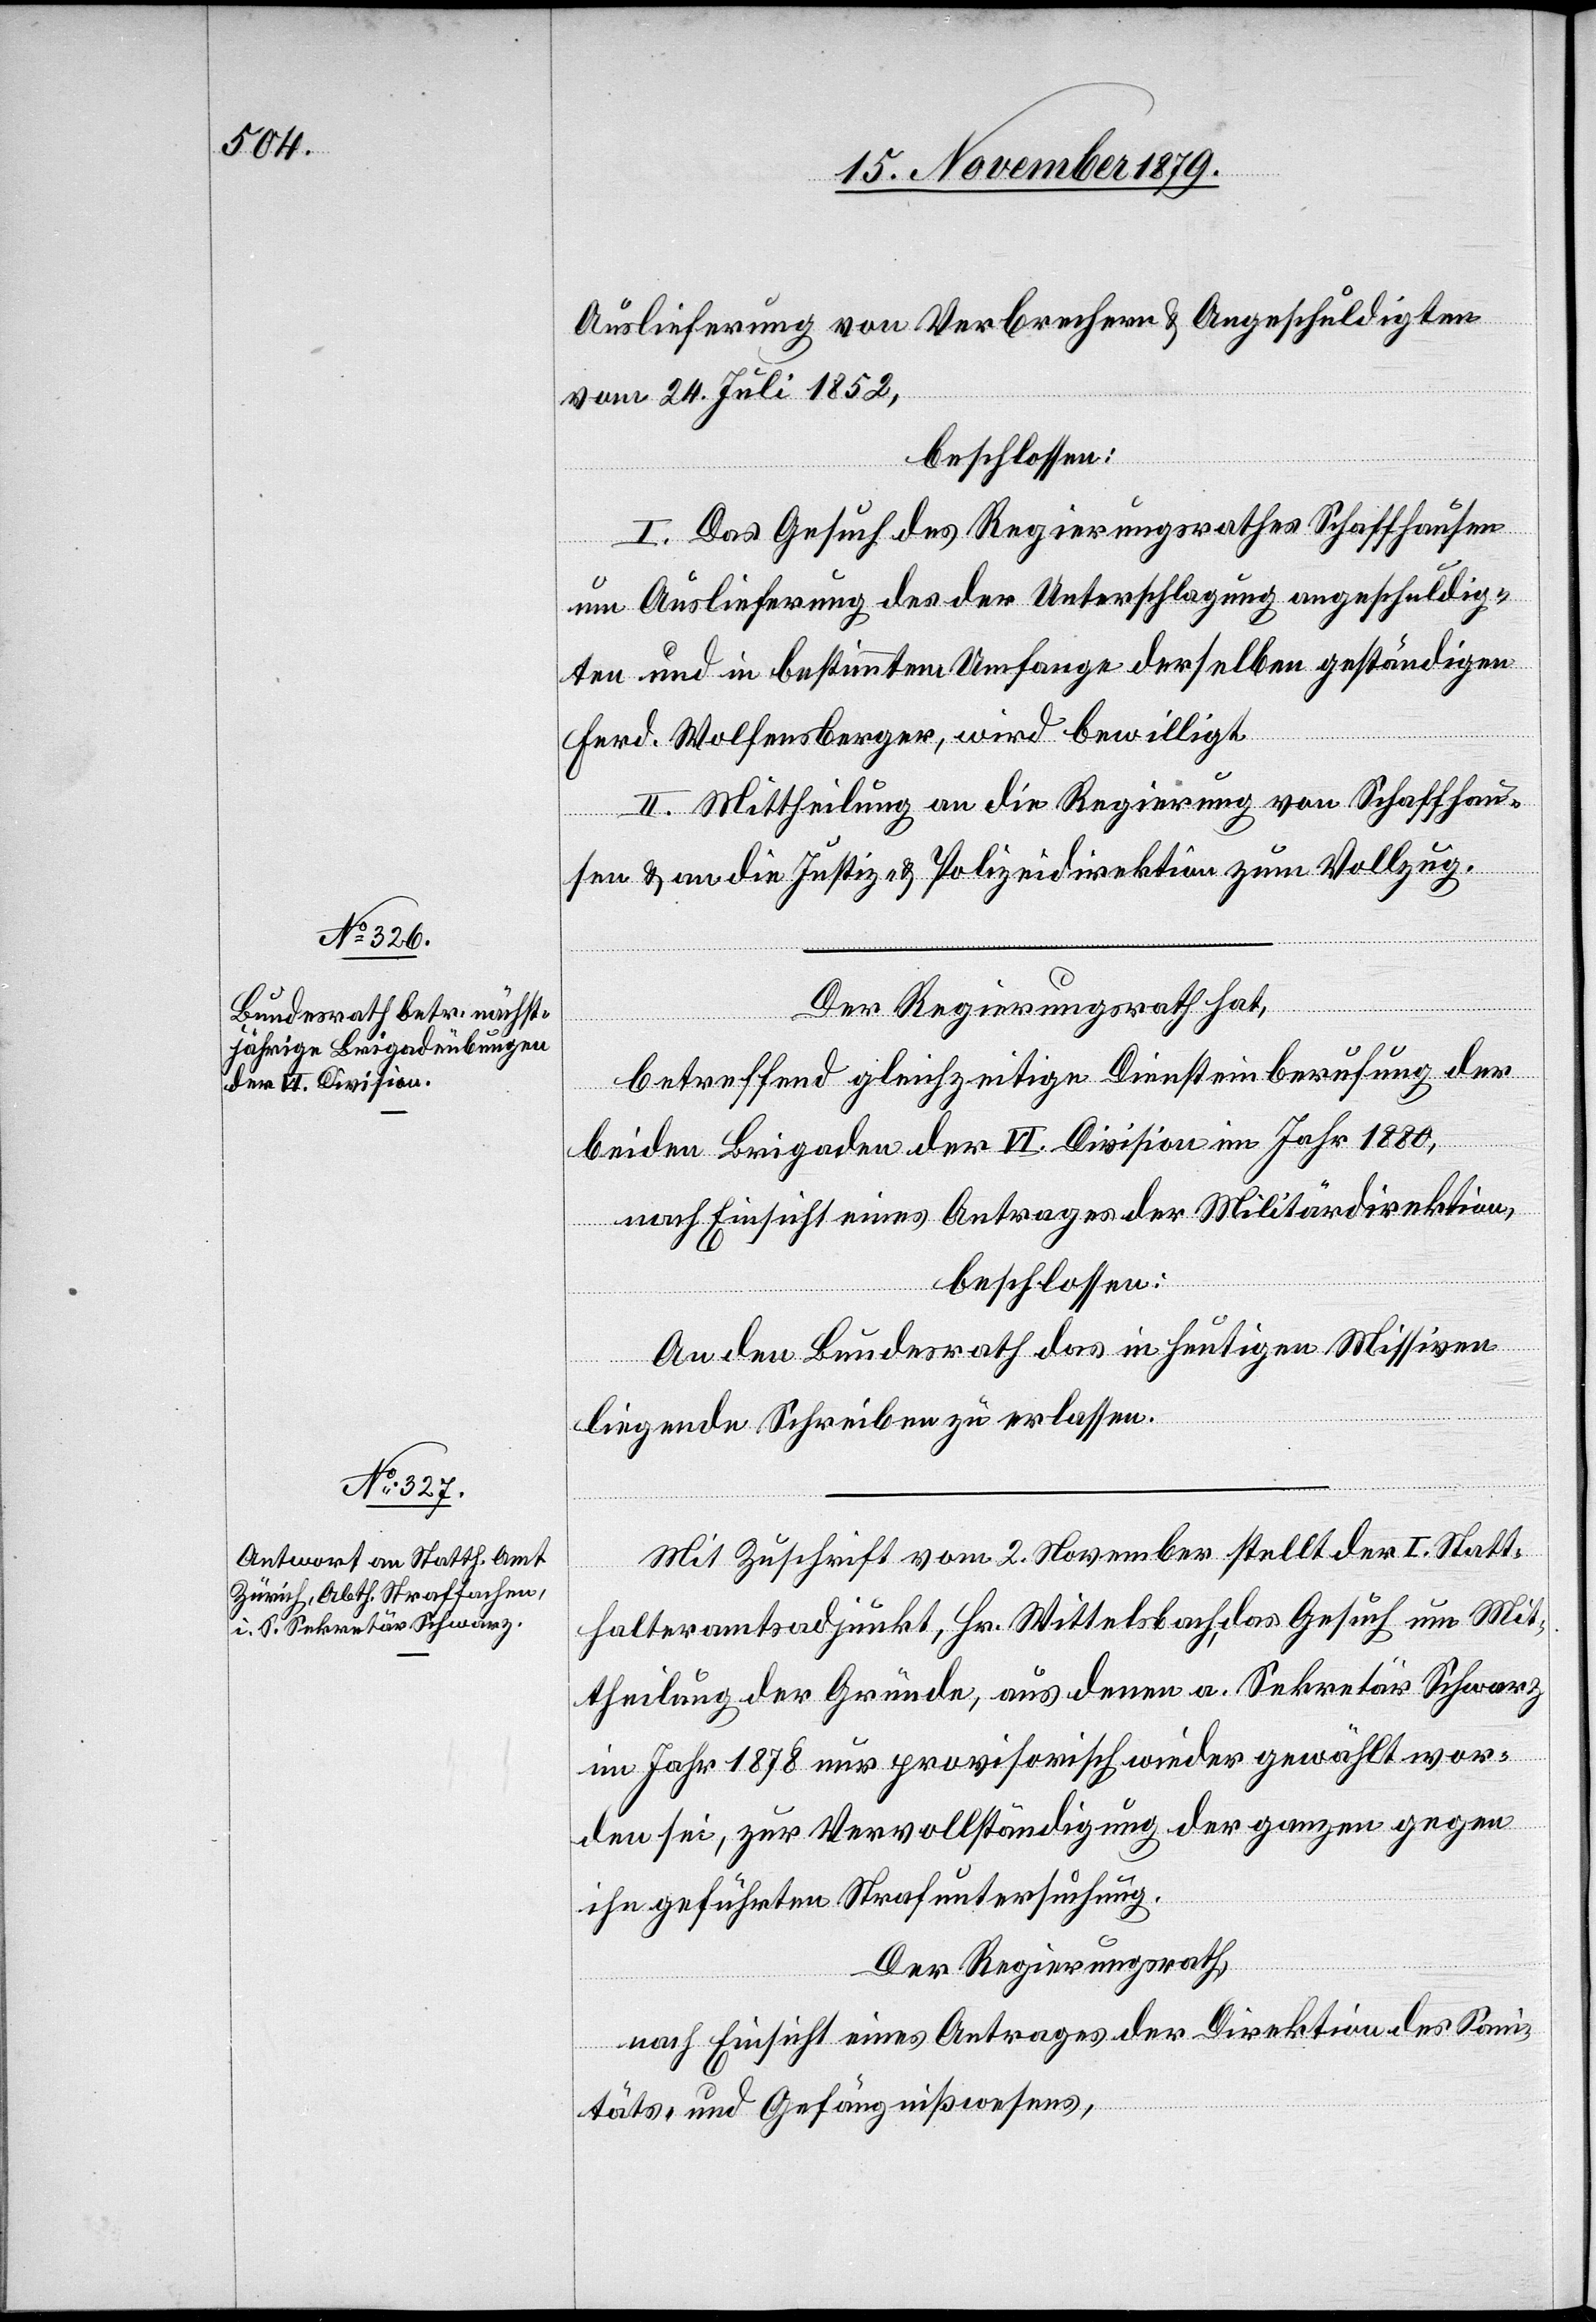
Auslieferung von Verbrechern & Angeschuldigten
vom 24. Juli 1852,
beschlossen:
I. Das Gesuch des Regierungsrathes Schaffhausen
um Auslieferung des der Unterschlagung angeschuldig¬
ten und in bestimmtem Umfange derselben geständigen
Ferd. Wolfensberger, wird bewilligt.
II. Mittheilung an die Regierung von Schaffhau¬
sen & an die Justiz- & Polizeidirektion zum Vollzug.
Der Regierungsrath hat,
betreffend gleichzeitige Diensteinberufung der
beiden Brigaden der VI. Division im Jahr 1880,
nach Einsicht eines Antrages der Militärdirektion,
beschlossen:
An den Bundesrath das in heutigen Missiven
liegende Schreiben zu erlassen.
Mit Zuschrift vom 2. November stellt der I. Statt¬
halteramtsadjunkt, Hr. Wittelsbach, das Gesuch um Mit¬
theilung der Gründe, aus denen a. Sekretär Schwarz
im Jahr 1878 nur provisorisch wieder gewählt wor¬
den sei, zur Vervollständigung der ganzen gegen
ihn geführten Strafuntersuchung.
Der Regierungsrath,
nach Einsicht eines Antrages der Direktion des Sani¬
täts- und Gefängnißwesens,